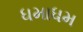
ધમાધમ